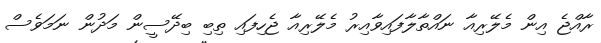
ރާއްޖެ އިން މެލޭރިއާ ނައްތާލާފައިވާއިރު މެލޭރިއާ ޖެހިފައި ތިބި ބިދޭސީން މަދުން ނަމަވެސް